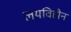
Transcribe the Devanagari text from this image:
लयविहीन